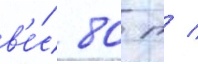
в'е́с 80 т /